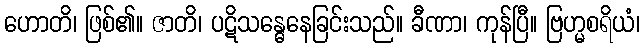
ဟောတိ၊ ဖြစ်၏။ ဇာတိ၊ ပဋိသန္ဓေနေခြင်းသည်။ ခီဏာ၊ ကုန်ပြီ။ ဗြဟ္မစရိယံ၊